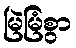
မြဲမြံစွာ